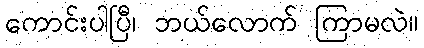
ကောင်းပါပြီ၊ ဘယ်လောက် ကြာမလဲ။